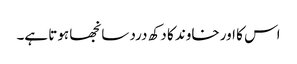
اس کا اور خاوند کا دکھ درد سانجھا ہوتا ہے۔